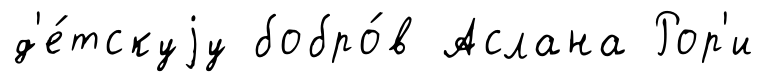
д'е́тскуjу бобро́в Аслана Рор'и